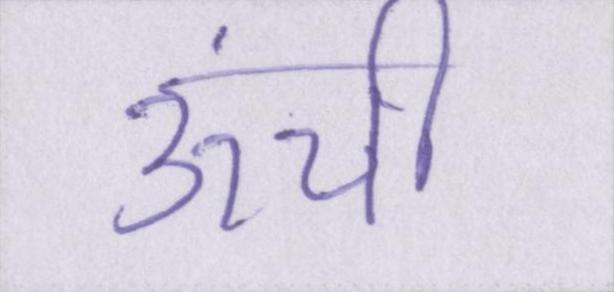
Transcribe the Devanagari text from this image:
ऊंची